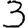
Digit: 3